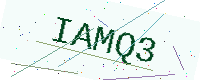
Text: IAMQ3